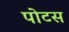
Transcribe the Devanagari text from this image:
पोटस